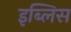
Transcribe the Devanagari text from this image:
इब्लिस